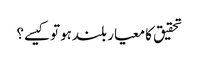
تحقیق کا معیار بلندہوتوکیسے؟